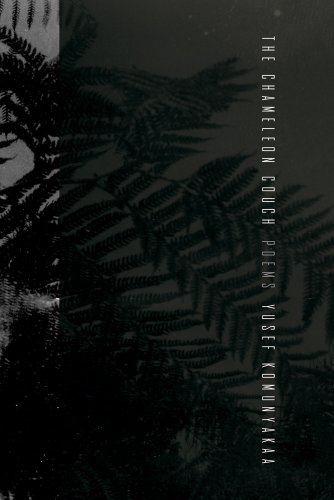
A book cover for The Chameleon Couch: Poems; Yusef Komunyakaa; Literature & Fiction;